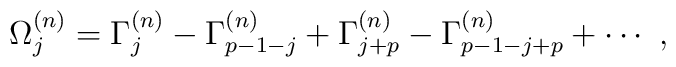
\Omega_j^{(n)}=\Gamma_j^{(n)}-\Gamma_{p-1-j}^{(n)}+\Gamma_{j+p}^{(n)}-\Gamma_{p-1-j+p}^{(n)}+\cdots~,